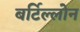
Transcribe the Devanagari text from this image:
बर्टिल्लोन